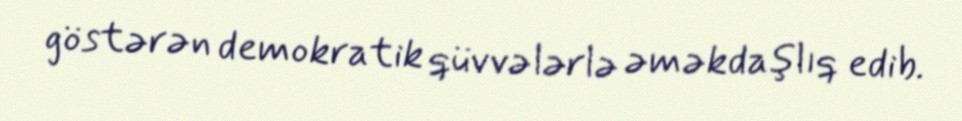
göstərən demokratik qüvvələrlə əməkdaşlıq edib.